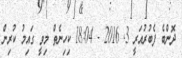
ދޮންބެ ފެބުރުއަރީ 3